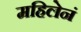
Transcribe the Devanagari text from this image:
महिलेनं